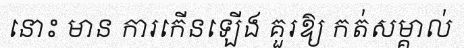
នោះ មាន ការកើនឡើង គួរឱ្យ កត់សម្គាល់